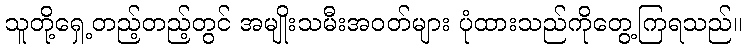
သူတို့ရှေ့တည့်တည့်တွင် အမျိုးသမီးအဝတ်များ ပုံထားသည်ကိုတွေ့ကြရသည်။